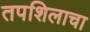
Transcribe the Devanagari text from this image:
तपशिलाचा